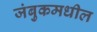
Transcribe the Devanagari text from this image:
जंबुकमधील